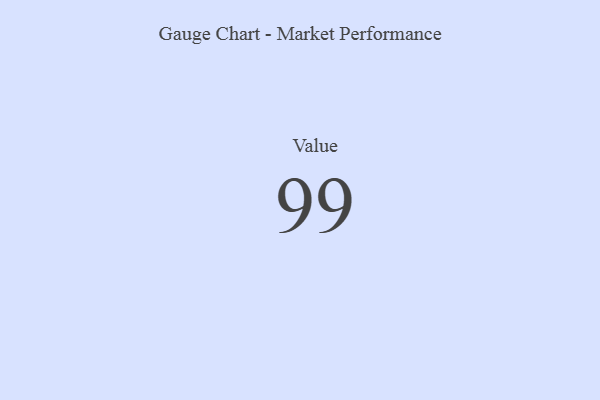
{"axis": {"x": "Metric", "y": "Value"}, "legend": [""], "data": [{"x": "Value", "y": 99, "type": ""}]}